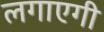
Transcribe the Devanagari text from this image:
लगाएगी